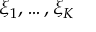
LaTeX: \xi _ { 1 } , \dots , \xi _ { K }